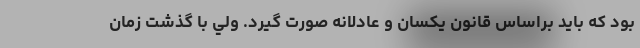
بود كه بايد براساس قانون يكسان و عادلانه صورت گيرد. ولي با گذشت زمان